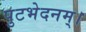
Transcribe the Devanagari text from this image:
पुटभेदनम्।